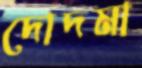
দোদমা